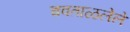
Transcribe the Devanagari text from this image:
चवताळलेले